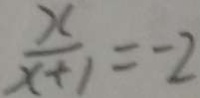
\frac { x } { x + 1 } = - 2